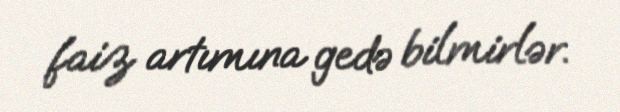
faiz artımına gedə bilmirlər.